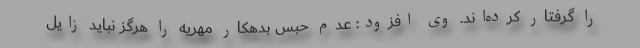
را گرفتار کرده‌اند. وی افزود: عدم حبس بدهکار مهریه را هرگز نباید زایل